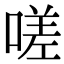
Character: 嗟